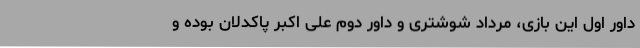
داور اول این بازی، مرداد شوشتری و داور دوم علی اکبر پاکدلان بوده و